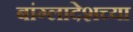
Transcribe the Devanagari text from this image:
बांग्लादेशच्या